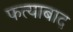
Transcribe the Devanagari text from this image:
फत्याबाद